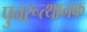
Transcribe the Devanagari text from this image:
पुनरूत्थानक